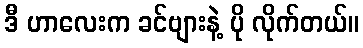
ဒီ ဟာလေးက ခင်ဗျားနဲ့ ပို လိုက်တယ်။